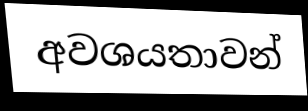
අවශයතාවන්